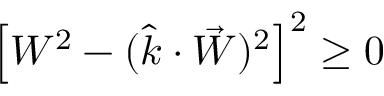
\left[ W ^ { 2 } - ( \hat { k } \cdot \vec { W } ) ^ { 2 } \right] ^ { 2 } \ge 0